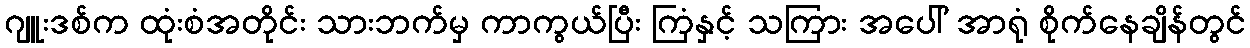
ဂျူးဒစ်က ထုံးစံအတိုင်း သားဘက်မှ ကာကွယ်ပြီး ကြံနှင့် သကြား အပေါ် အာရုံ စိုက်နေချိန်တွင်